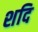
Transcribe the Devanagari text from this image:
शदि